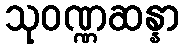
သုဝဏ္ဏဆန္နာ